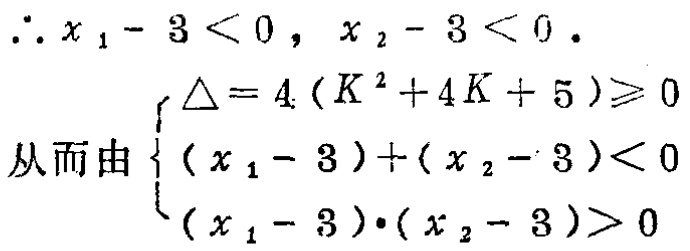
\(\therefore x_{1}-3<0,\ x_{2}-3<0.\)
从而由\(\begin{cases}
\Delta = 4(K^{2}+4K + 5)\geqslant0 \\
(x_{1}-3)+(x_{2}-3)<0 \\
(x_{1}-3)\cdot(x_{2}-3)>0
\end{cases}\)